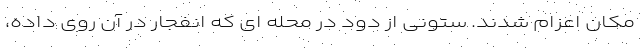
مکان اعزام شدند. ستونی از دود در محله ای که انفجار در آن روی داده،